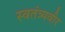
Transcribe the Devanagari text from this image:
स्वतंत्र्यवीर